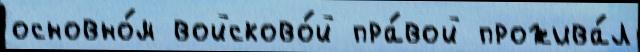
основно́м войсково́й пра́вой прожива́л